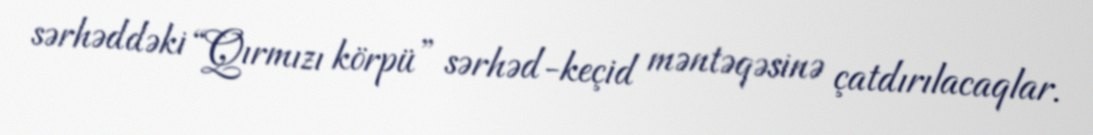
sərhəddəki “Qırmızı körpü” sərhəd-keçid məntəqəsinə çatdırılacaqlar.